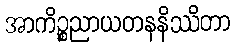
အာကိဉ္စညာယတနနိဿိတာ